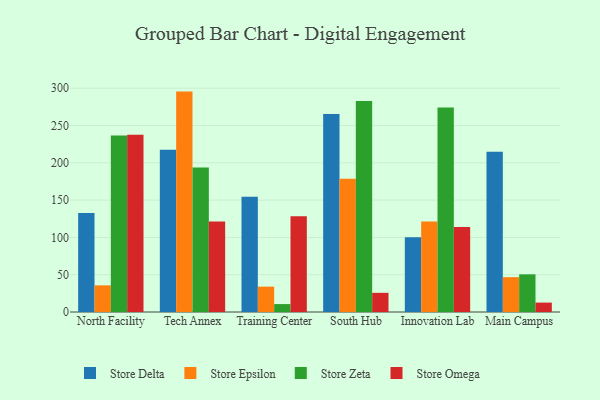
{"axis": {"x": "Campus", "y": "Website Visitors"}, "legend": ["Store Delta", "Store Epsilon", "Store Omega", "Store Zeta"], "data": [{"x": "North Facility", "y": 132.7, "type": "Store Delta"}, {"x": "North Facility", "y": 35.7, "type": "Store Epsilon"}, {"x": "North Facility", "y": 236.8, "type": "Store Zeta"}, {"x": "North Facility", "y": 237.7, "type": "Store Omega"}, {"x": "Tech Annex", "y": 217.7, "type": "Store Delta"}, {"x": "Tech Annex", "y": 295.5, "type": "Store Epsilon"}, {"x": "Tech Annex", "y": 193.6, "type": "Store Zeta"}, {"x": "Tech Annex", "y": 121.2, "type": "Store Omega"}, {"x": "Training Center", "y": 154.6, "type": "Store Delta"}, {"x": "Training Center", "y": 34.0, "type": "Store Epsilon"}, {"x": "Training Center", "y": 10.6, "type": "Store Zeta"}, {"x": "Training Center", "y": 128.3, "type": "Store Omega"}, {"x": "South Hub", "y": 265.3, "type": "Store Delta"}, {"x": "South Hub", "y": 178.7, "type": "Store Epsilon"}, {"x": "South Hub", "y": 282.9, "type": "Store Zeta"}, {"x": "South Hub", "y": 25.7, "type": "Store Omega"}, {"x": "Innovation Lab", "y": 100.3, "type": "Store Delta"}, {"x": "Innovation Lab", "y": 121.3, "type": "Store Epsilon"}, {"x": "Innovation Lab", "y": 274.1, "type": "Store Zeta"}, {"x": "Innovation Lab", "y": 113.8, "type": "Store Omega"}, {"x": "Main Campus", "y": 215.0, "type": "Store Delta"}, {"x": "Main Campus", "y": 46.7, "type": "Store Epsilon"}, {"x": "Main Campus", "y": 50.5, "type": "Store Zeta"}, {"x": "Main Campus", "y": 12.6, "type": "Store Omega"}]}